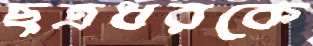
ছত্রধরকে